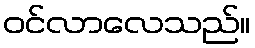
ဝင်လာလေသည်။